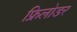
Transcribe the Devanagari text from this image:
फ्रिलोडर